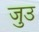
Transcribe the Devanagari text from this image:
जुउ